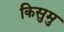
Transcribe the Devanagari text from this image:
किसुमु